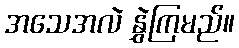
အသေအလဲ နွှဲကြမည်။